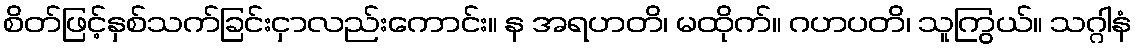
စိတ်ဖြင့်နှစ်သက်ခြင်းငှာလည်းကောင်း။ န အရဟတိ၊ မထိုက်။ ဂဟပတိ၊ သူကြွယ်။ သဂ္ဂါနံ